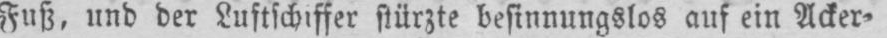
Fuß, und der Luftschiffer stürzte besinnungslos auf ein Acker⸗